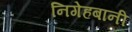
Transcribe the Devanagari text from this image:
निगेहबानी